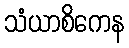
သံယာစိကေန